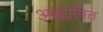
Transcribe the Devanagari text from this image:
आह्वानित